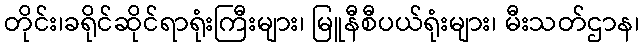
တိုင်း၊ခရိုင်ဆိုင်ရာရုံးကြီးများ၊ မြူနီစီပယ်ရုံးများ၊ မီးသတ်ဌာန၊